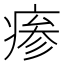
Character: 瘆